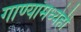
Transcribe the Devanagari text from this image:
गाण्यांमध्येही